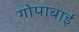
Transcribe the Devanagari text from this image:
गोपाबाई